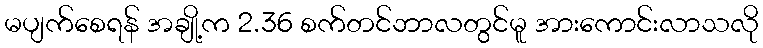
မပျက်စေရန် အချို့က 2.36 စက်တင်ဘာလတွင်မူ အားကောင်းလာသလို